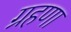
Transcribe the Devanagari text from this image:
ग्रहणा